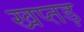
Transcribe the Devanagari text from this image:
खप्तड़